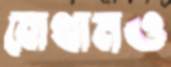
বোথামও